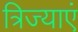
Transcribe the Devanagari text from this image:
त्रिज्याएं